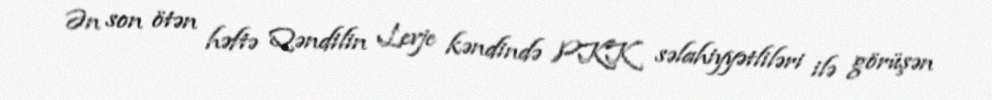
Ən son ötən həftə Qəndilin Levje kəndində PKK səlahiyyətliləri ilə görüşən